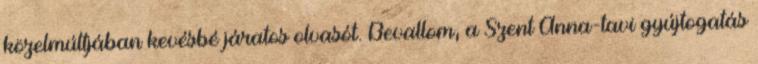
közelmúltjában kevésbé járatos olvasót. Bevallom, a Szent Anna-tavi gyújtogatás